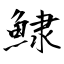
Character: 𩸙